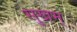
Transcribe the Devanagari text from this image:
सुखम्